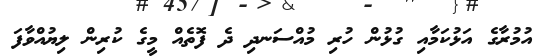
އުމުރާގެ އަޅުކަމާއި ގުޅުން ހުރި މުއްސަނދި ދެ ފޮތެއް މީގެ ކުރިން ލިޔުއްވާފަ